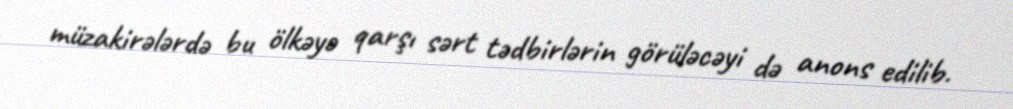
müzakirələrdə bu ölkəyə qarşı sərt tədbirlərin görüləcəyi də anons edilib.